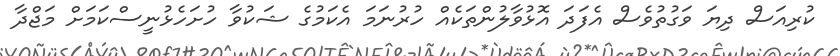
ކުރިއަސް ދިޔަ ވަގުތުވެސް އެފަދަ އޮޅުވާލުންތަކެއް ހުރުނަމަ އެކަމުގެ ޝަކުވާ ހުށަހެޅުނީސްކަމަށް މަޖްދާ